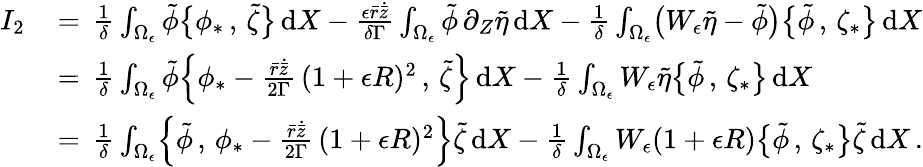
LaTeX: \begin{array}{rl}{I_{2}\, }&{=\, \frac{1}{\delta}\int_{\Omega_{\epsilon}}\tilde{\phi}\bigl\{ \phi_{*}\, ,\, \tilde{\zeta}\bigr\} \, \mathrm{d}X-\frac{\epsilon\bar{r}\dot{\bar{z}}}{\delta\Gamma}\int_{\Omega_{\epsilon}}\tilde{\phi}\, \partial_{Z}\tilde{\eta}\, \mathrm{d}X-\frac{1}{\delta}\int_{\Omega_{\epsilon}}\bigl(W_{\epsilon}\tilde{\eta}-\tilde{\phi}\bigr)\bigl\{ \tilde{\phi}\, ,\, \zeta_{*}\bigr\} \, \mathrm{d}X}\\ {\, }&{=\, \frac{1}{\delta}\int_{\Omega_{\epsilon}}\tilde{\phi}\Bigl\{ \phi_{*}-\frac{\bar{r}\dot{\bar{z}}}{2\Gamma}\, (1+\epsilon R)^{2}\, ,\, \tilde{\zeta}\Bigr\} \, \mathrm{d}X-\frac{1}{\delta}\int_{\Omega_{\epsilon}}W_{\epsilon}\tilde{\eta}\bigl\{ \tilde{\phi}\, ,\, \zeta_{*}\bigr\} \, \mathrm{d}X}\\ {\, }&{=\, \frac{1}{\delta}\int_{\Omega_{\epsilon}}\Bigl\{ \tilde{\phi}\, ,\, \phi_{*}-\frac{\bar{r}\dot{\bar{z}}}{2\Gamma}\, (1+\epsilon R)^{2}\Bigr\} \tilde{\zeta}\, \mathrm{d}X-\frac{1}{\delta}\int_{\Omega_{\epsilon}}W_{\epsilon}(1+\epsilon R)\bigl\{ \tilde{\phi}\, ,\, \zeta_{*}\bigr\} \tilde{\zeta}\, \mathrm{d}X\, .}\end{array}